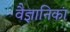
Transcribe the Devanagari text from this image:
वैज्ञानिकां